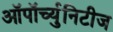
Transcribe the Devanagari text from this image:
ऑपॉर्च्युनिटीज